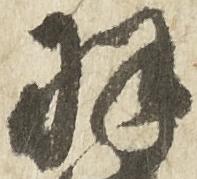
羽